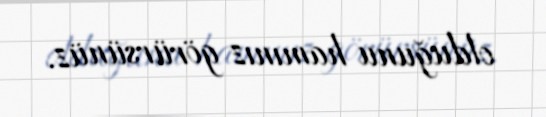
olduğunu hamınız görürsünüz.